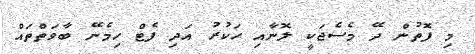
މި ފޮތުން ދޭ މެސެޖަކީ ލޮނާއި ހަކުރު އަދި ފެޓް ހިމެނޭ ބާވަތްތައް